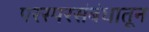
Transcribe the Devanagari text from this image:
परस्परसंबंधातून